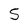
Character: 5